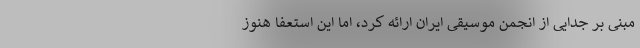
مبنی ‌بر جدایی از انجمن موسیقی ایران ارائه کرد، اما این استعفا هنوز